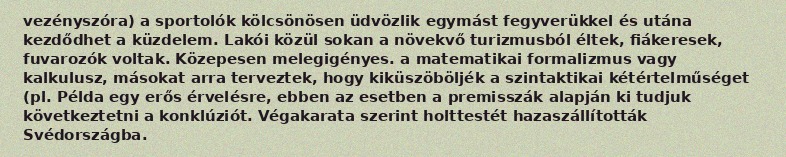
vezényszóra) a sportolók kölcsönösen üdvözlik egymást fegyverükkel és utána kezdődhet a küzdelem. Lakói közül sokan a növekvő turizmusból éltek, fiákeresek, fuvarozók voltak. Közepesen melegigényes. a matematikai formalizmus vagy kalkulusz, másokat arra terveztek, hogy kiküszöböljék a szintaktikai kétértelműséget (pl. Példa egy erős érvelésre, ebben az esetben a premisszák alapján ki tudjuk következtetni a konklúziót. Végakarata szerint holttestét hazaszállították Svédországba.